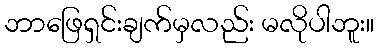
ဘာဖြေရှင်းချက်မှလည်း မလိုပါဘူး။